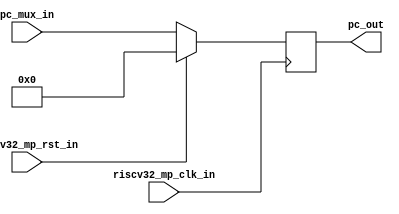
module rv32_reg_block_1 #(
  parameter PC_MUX_DATA_WIDTH = 32
 )(
  input riscv32_mp_clk_in,
  input riscv32_mp_rst_in,
  input [(PC_MUX_DATA_WIDTH-1):0]      pc_mux_in,
  output reg [(PC_MUX_DATA_WIDTH-1):0] pc_out
);

always @(posedge riscv32_mp_clk_in)
begin
  if(riscv32_mp_rst_in)
    pc_out <= 0;
  else
    pc_out <= pc_mux_in;
end

endmodule